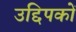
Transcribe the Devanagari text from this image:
उद्दिपकों